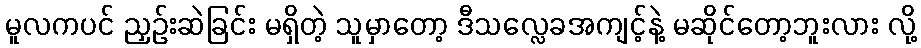
မူလကပင် ညှဉ်းဆဲခြင်း မရှိတဲ့ သူမှာတော့ ဒီသလ္လေခအကျင့်နဲ့ မဆိုင်တော့ဘူးလား လို့